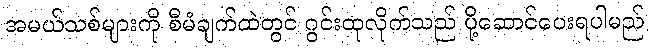
အမယ်သစ်များကို စီမံချက်ထဲတွင် ဂွင်းထုလိုက်သည် ပို့ဆောင်ပေးရပါမည်